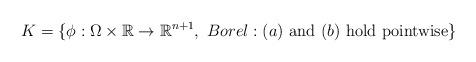
LaTeX: \begin{align*}K = \{\phi:\Omega\times\mathbb{R}\rightarrow \mathbb{R}^{n+1},\ Borel: (a) \mbox{ and }(b)\mbox{ hold pointwise} \}\end{align*}